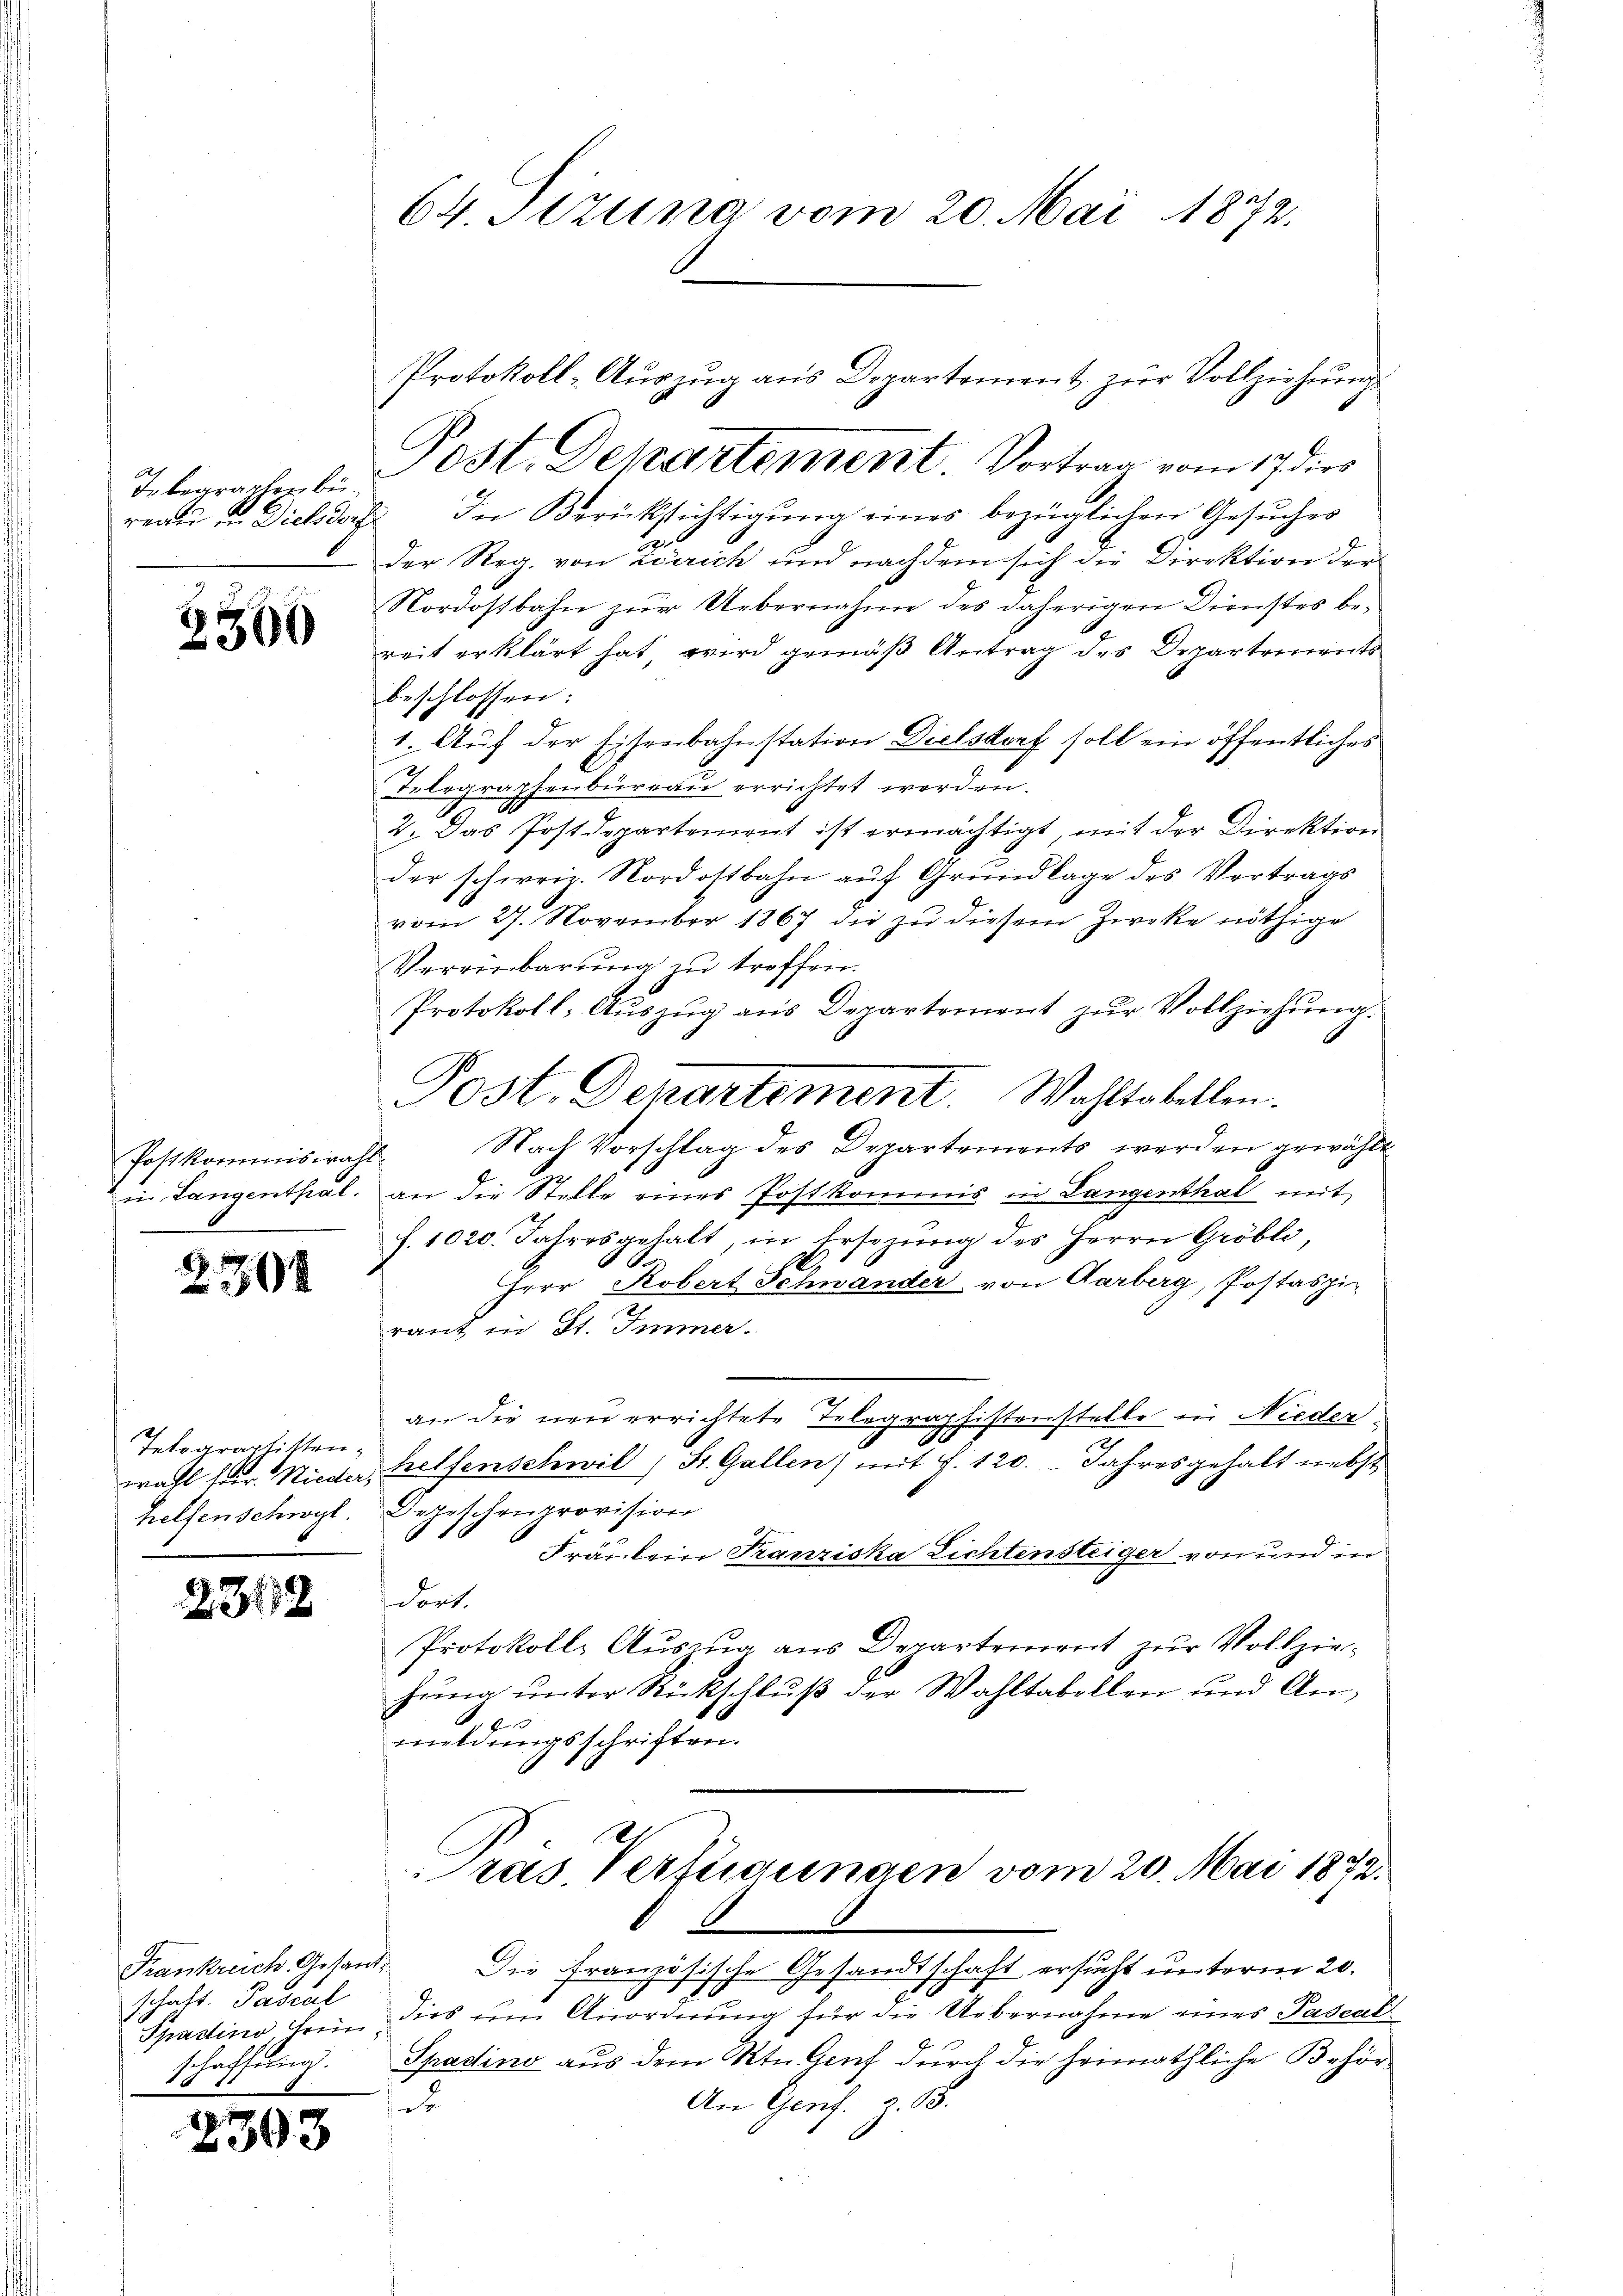
Je begraphen bereau in Dielsdor

2500

2.304

Telegraphitten,
wahl herr. Wieder,
helfen schwyl.

2302

Frankreich. Gesandschaft. Pascal
schaffung.

2393

64. Sizung vom 20. Mai 1872.

2. In Berücksichtigŭng eines bezüglichen Gesŭches
der Reg. von Zürich und nachdem sich die Direktion der
Nordostbahn zur Uebernahme des daherigen Dienstes bereit erklärt hat, wird gemäß Antrag des Departements
beschlossen:
1. Auf der Eisenbahnstation Dielsdorf soll ein öffentliches
Telegraphenbüreau errichtet werden.
2. Das Postdepartement ist ermächtigt, mit der Direktion
der schweiz. Nordostbahn aŭf Grŭndlage des Vertrags
vom 27. November 1867 die zu diesem Zweke nöthige
Vereinbarung zu treffen.
Protokoll- Aŭszŭg aŭs Departement zŭr Vollziehŭng.
Post. Departement. Wahltabellen.
Postkommiswahl. Nach Vorschlag des Departements werden gewählt
in Langenthal. an die Stelle eines Postkommis in Langenthat mit
f. 1020. Jahresgehalt, in Ersezung des Herrn Gröbli,
.
Herr Robert Schwander von Garberg, Postaspi-
raut in St. Immer.
an die neu errichtete Telegraphistenstelle ein Nieder
2
helfenschwil, St. Gallen) mit S. 120. Jahresgehalt nebst
Depeschenprovision
Fräulein Franziska Lichtensteiger von und in
dort.
Protokoll- Auszug aus Departement zur Vollziehrung unter Rückschluß der Wahltabellen und Anmeldungsschriften.

Protokoll- Aŭszŭg ans Departement zŭr Vollziehŭng
Post. Departement. Vortrag vom 17 dies

ras. Verfügungen vom 20. Mai 1872.

Die Französische Gesandtschaft ersucht unterm 20.
Spastino heim dies um Anordnung für die Uebernahme eines Pascali
Spadino aus dem St. Genf durch die heimathliche Behör¬
An Genf: 2. 68.
e